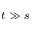
t \gg s